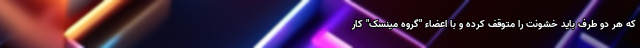
که هر دو طرف باید خشونت را متوقف کرده و با اعضاء "گروه مینسک" کار